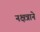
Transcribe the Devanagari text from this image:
नक्षत्राने